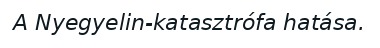
A Nyegyelin-katasztrófa hatása.